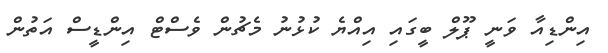
އިންޑިއާ ވަނީ ޕޫލް ބީގައި އިއްޔެ ކުޅުނު މެޗުން ވެސްޓް އިންޑީސް އަތުން